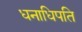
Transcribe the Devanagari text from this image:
धनाधिपति